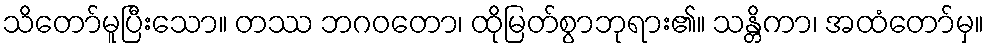
သိတော်မူပြီးသော။ တဿ ဘဂဝတော၊ ထိုမြတ်စွာဘုရား၏။ သန္တိကာ၊ အထံတော်မှ။